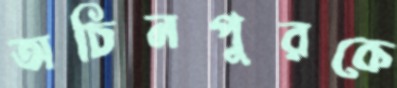
অচিনপুরকে